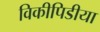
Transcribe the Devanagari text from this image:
विकीपिडीया